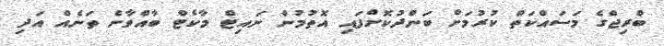
ބްރިޖްގެ މަސައްކަތް ކުރުމަށް ބަންދުކޮށްފައި އޮތުމުން ނައިޓް މާކެޓް ބާއްވާނެ ތަނެއް އަދި